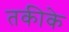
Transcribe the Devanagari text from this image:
तकीके